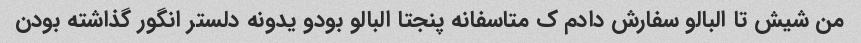
من شیش تا البالو سفارش دادم ک متاسفانه پنجتا البالو بودو یدونه دلستر انگور گذاشته بودن